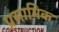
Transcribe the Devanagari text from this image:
प्रसामिक